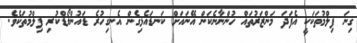
ގިނަ ފިލްމުތަކަކީ އެފަދަ މަންޒަރުތައް ހުންނާނެކަން އޭނައަށް ކަނޑައެޅިގެން އެނގިހުރެ ޑައުންލޯޑްކުރި ފިލްމުތަކެވެ.